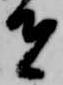
者